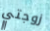
زوجتي